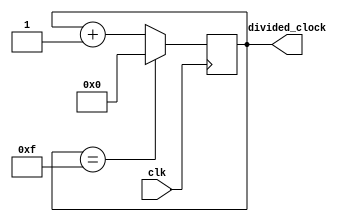
module timing_control_and_sync (
    input wire clk,
    output reg [3:0] divided_clock
);

reg [3:0] counter;

always @(posedge clk) begin
    if (counter == 4'b1111) begin
        counter <= 4'b0000;
    end else begin
        counter <= counter + 1;
    end
end

assign divided_clock = counter;

endmodule